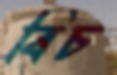
বিচ